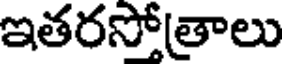
ఇతరసోత్రాలు